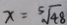
x = \sqrt [ 5 ] { 4 8 }